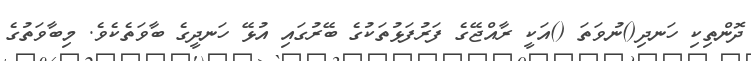
ދޮންތިކި ހަނދި()ނުވަތަ ()އަކީ ރާއްޖޭގެ ފަރުފަޅުތަކުގެ ބޭރުގައި އުޅޭ ހަނދީގެ ބާވަތެކެވެ. މިބާވަތުގެ